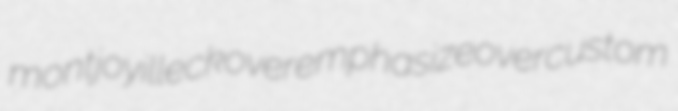
montjoy illeck overemphasize overcustom